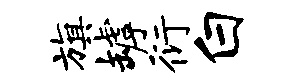
旗罅衍白